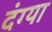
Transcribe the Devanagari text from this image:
दंग्या